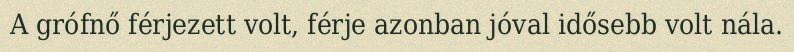
A grófnő férjezett volt, férje azonban jóval idősebb volt nála.